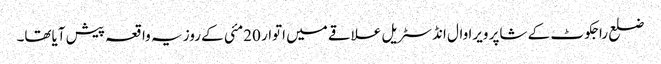
ضلع راجکوٹ کے شاپر ویرا وال انڈسٹریل علاقے میں اتوار 20مئی کے روز یہ واقعہ پیش آیاتھا۔